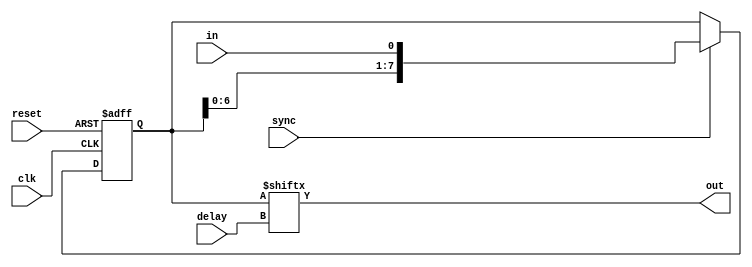
module deser160_serpar_delay
(
  input clk,
  input sync,
  input reset,
  
  input [2:0]delay,
  input in,
  output out
);

  reg [7:0]shift;
  
  always @(posedge clk or posedge reset)
  begin
    if (reset) shift <= 0;
    else if (sync) shift <= { shift[6:0], in };
  end
  
  assign out = shift[delay];

endmodule